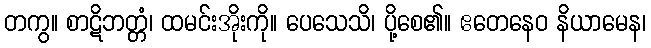
တကွ။ စာဋိဘတ္တံ၊ ထမင်းအိုးကို။ ပေသေသိ၊ ပို့စေ၏။ ဧတေနေဝ နိယာမေန၊